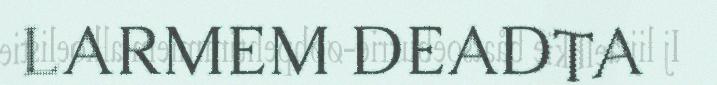
LARMEM DEADTA